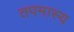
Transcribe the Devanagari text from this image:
तपमास्य